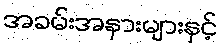
အခမ်းအနားများနှင့်